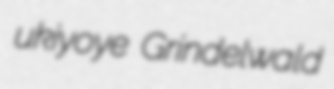
ukiyoye Grindelwald